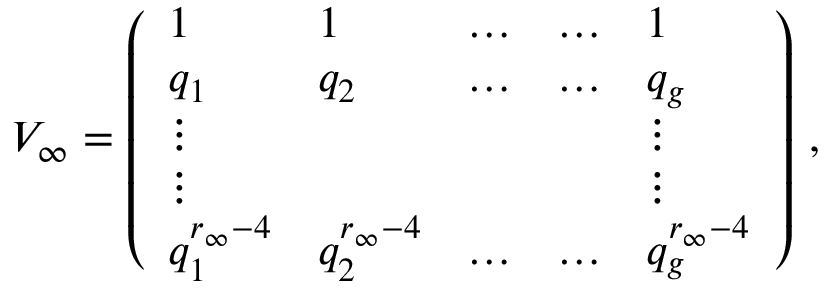
V _ { \infty } = \left( \begin{array} { l l l l l } { 1 } & { 1 } & { \dots } & { \dots } & { 1 } \\ { q _ { 1 } } & { q _ { 2 } } & { \dots } & { \dots } & { q _ { g } } \\ { \vdots } & & & & { \vdots } \\ { \vdots } & & & & { \vdots } \\ { q _ { 1 } ^ { r _ { \infty } - 4 } } & { q _ { 2 } ^ { r _ { \infty } - 4 } } & { \dots } & { \dots } & { q _ { g } ^ { r _ { \infty } - 4 } } \end{array} \right) \, , \,